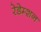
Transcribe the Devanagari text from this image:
रेडेम्शन